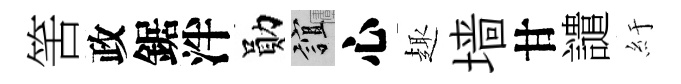
筈政鋸泮勛誼心趣墙甘譴紆